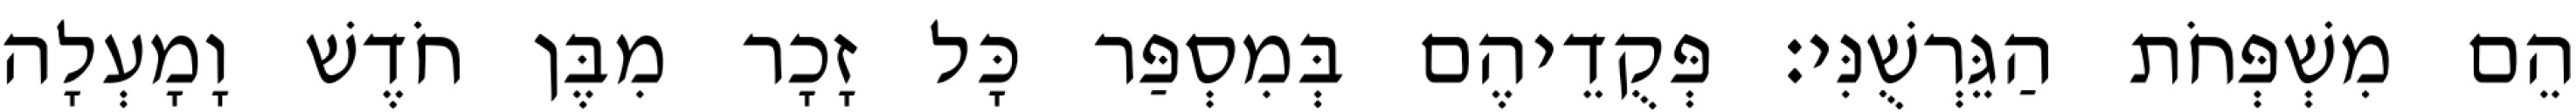
הֵם מִשְׁפְּחֹת הַגֵּרְשֻׁנִּי׃ פְּקֻדֵיהֶם בְּמִסְפַּר כָּל זָכָר מִבֶּן חֹדֶשׁ וָמָעְלָה